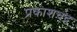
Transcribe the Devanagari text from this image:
प्रकाशचंद्र